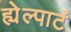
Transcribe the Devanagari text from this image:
ह्येल्पाटं